system: You are a helpful assistant.
user:
Analyze the provided spectrum to determine if it is a **White Dwarf (WD)**.

A White Dwarf spectrum is defined by its **extreme purity** (due to gravitational settling) and/or **extreme pressure broadening** (due to high surface gravity). You must check for one of the following mutually exclusive signatures:

- **Key Visual Indicators (Check for ONE of these types):**

    - **1. DA-Type Signature (Most Common):**
        - **(Primary Feature):** Extreme pressure broadening (Stark broadening) of the **Hydrogen (H) Balmer lines**.
        - **(Key Lines):** $H\beta$ (approx. $4861$ Å) and $H\gamma$ (approx. $4340$ Å). $H\alpha$ (approx. $6563$ Å) will also be present if the wavelength range covers it.
        - **(Line Profile):** This is the **defining feature**. The lines are **NOT** sharp. They appear as massive, **extremely broad and deep "troughs" or "dips"** in the spectrum, often hundreds of Ångströms wide. The continuum will appear to "scoop" down at these wavelengths.
        - **(Distinction):** Normal A-type or B-type stars have *narrow* and *sharp* Hydrogen lines. A DA White Dwarf's lines are unmistakably "smeared" or "blurry" from pressure.

    - **2. DB-Type Signature:**
        - **(Primary Feature):** Broad absorption lines from **Neutral Helium (He I)**. The spectrum must lack any visible Hydrogen lines.
        - **(Key Lines):** Look for broad absorption near $4471$ Å, $4921$ Å, and $5876$ Å.
        - **(Line Profile):** These lines are also significantly pressure-broadened, appearing much wider than they would in a normal B-type main-sequence star.

    - **3. DC-Type Signature:**
        - **(Primary Feature):** A **featureless continuous spectrum**.
        - **(Line Profile):** The spectrum is a smooth curve with **no significant absorption or emission lines**.
        - **(Key Confirmation):** The continuum is almost always **blue or white**, indicating a hot object. This signature implies the atmosphere is so pure (or so cool) that no spectral lines are visible in the optical range. Its WD identity is confirmed by its extremely low intrinsic brightness (high absolute magnitude).

    - **4. DZ-Type Signature (Metal-Polluted):**
        - **(Primary Feature):** **Isolated, narrow metal absorption lines** on an otherwise featureless (DC-like) continuum.
        - **(Key Lines):** The **Calcium (Ca II) H & K doublet** (approx. **$3934$ Å** and **$3968$ Å**) is the most common and defining feature.
        - **(Line Profile):** These lines are "out of place." They are *not* part of a "forest" of thousands of lines. This signature is evidence of recent *accretion* (pollution) from rocky debris.
        - **(Distinction):** Normal G/K/M stars have a *dense forest* of thousands of metal lines. A DZ has a *clean* continuum with *only a few* strong metal lines.

    - **5. DQ-Type Signature (Carbon-Polluted):**
        - **(Primary Feature):** Absorption bands from **Carbon (C₂ "Swan Bands" or atomic C I)**.
        - **(Key Lines - C₂):** Look for bandheads with a "saw-tooth" shape near $5635$ Å, **$5165$ Å** (strongest), and $4737$ Å.
        - **(Key Confirmation):** The underlying **continuum must be blue or white** (hot).
        - **(Distinction):** This is the critical difference from a **Carbon Star**, which has the *exact same* C₂ bands but on an extremely **red, cool** continuum.

- **(Overall Spectrum):**
    - The continuum (overall shape) is typically **blue-sloping** (brighter in the blue than the red), as most white dwarfs are very hot.
    - The spectrum will look "pure" or "simple," dominated by only *one* of the five signatures listed above.

Think first, call **spectral_visualization_tool** if needed to examine features in detail, then provide your final answer. Your response must adhere to the following strict rules:
1.  **Overall Structure:** Your response must follow the format `<think>...</think> <tool_call>...</tool_call> (if a tool is used) <answer>...</answer>`.
2.  **Tool Usage Constraint:** You may only make **one** tool call per turn.
3.  **Final Answer Format:** In the `<answer>` tag, your conclusion must be inside a `\boxed{}` command (e.g., `\boxed{YES}` or `\boxed{NO}`), followed by your justification.

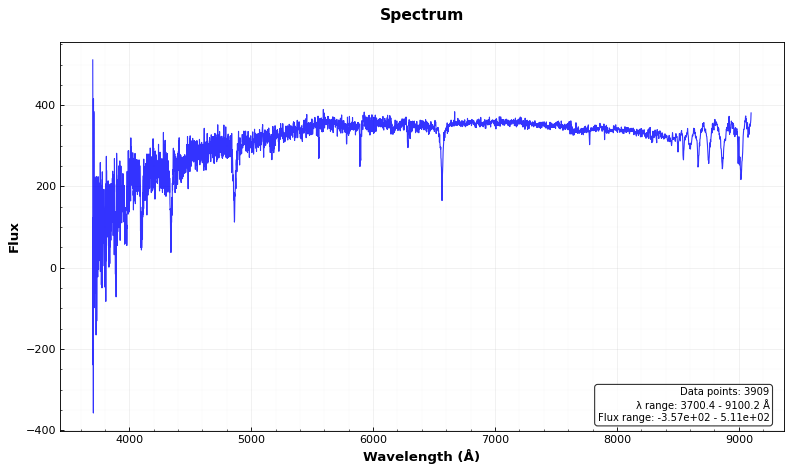
Answer: NO